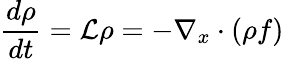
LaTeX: \frac{d\rho}{dt}=\mathcal{L}\rho=-\nabla_{x}\cdot(\rho f)